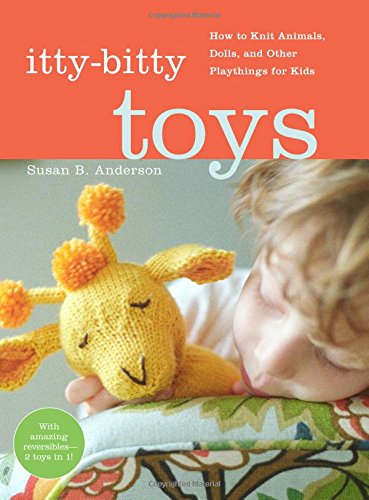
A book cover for Itty-Bitty Toys: How to Knit Animals, Dolls, and Other Playthings for Kids; Susan B. Anderson; Crafts, Hobbies & Home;